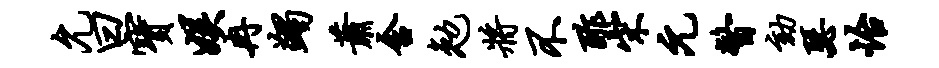
允曰宝娱冉蠲萧含勉将不酢宋元瞥劾瑟怡